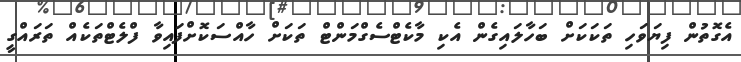
އެގޮތުން ފިޔަވަހި ތަކަކަށް ބަހާލައިގެން އެކި މާކެޓްސެގްމަންޓް ތަކަށް ހާއްސަކޮށްފައިވާ ފްލެޓްތަކެއް ތަރައްގީ